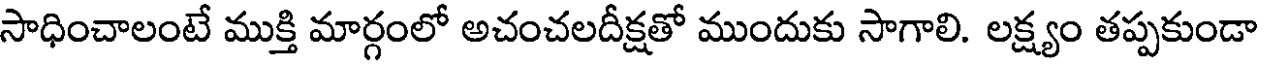
సాధించాలంటే ముక్తి మార్గంలో అచంచలదీక్షతో ముందుకు సాగాలి. లక్ష్యం తప్పకుండా